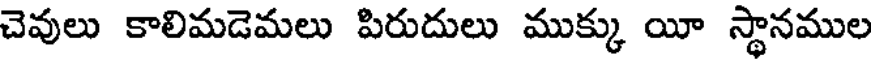
చెవులు కాలిమడెమలు పిరుదులు ముక్కు యీ స్థానముల